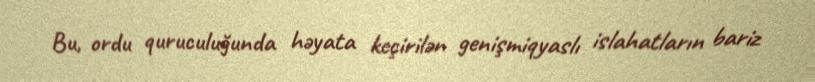
Bu, ordu quruculuğunda həyata keçirilən genişmiqyaslı islahatların bariz